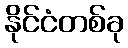
နိုင်ငံတစ်ခု